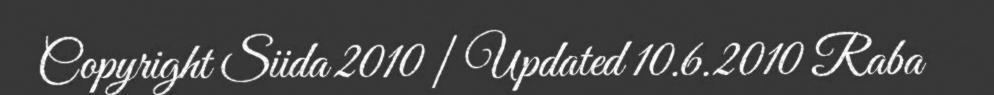
Copyright Siida 2010 | Updated 10.6.2010 Raba